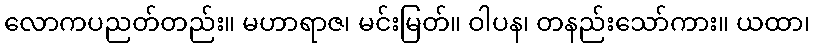
လောကပညတ်တည်း။ မဟာရာဇ၊ မင်းမြတ်။ ဝါပန၊ တနည်းသော်ကား။ ယထာ၊